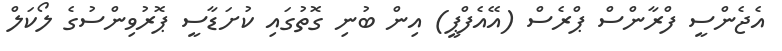
އެޖެންސީ ފްރާންސް ޕްރެސް (އޭއެފްޕީ) އިން ބުނި ގޮތުގައި ކުށަޑާސީ ޕޮރުވިންސުގެ ލޯކަލް